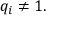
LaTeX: q _ { i } \neq 1 .